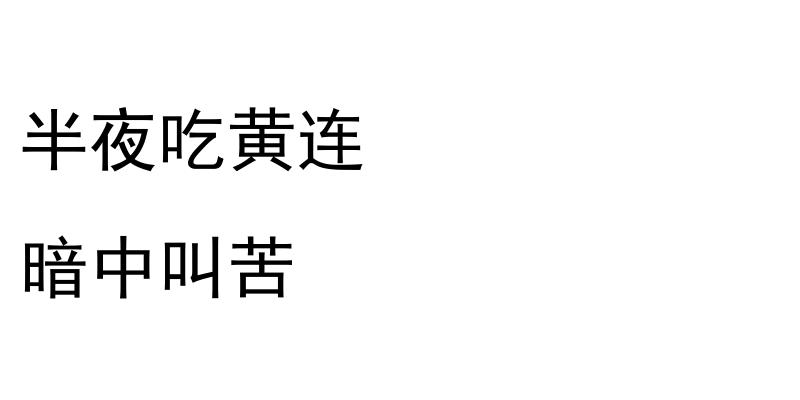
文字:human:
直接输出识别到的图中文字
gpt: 半夜吃黄连 暗中叫苦